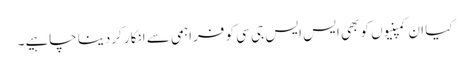
کیا ان کمپنیوں کو بھی ایس ایس جی سی کو فراہمی سے انکار کردینا چاہیے۔